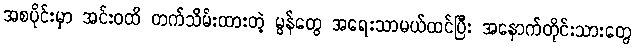
အစပိုင်းမှာ အင်းဝထိ တက်သိမ်းထားတဲ့ မွန်တွေ အရေးသာမယ်ထင်ပြီး အနောက်တိုင်းသားတွေ